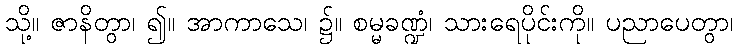
သို့။ ဇာနိတွာ၊ ၍။ အာကာသေ၊ ၌။ စမ္မခဏ္ဍံ၊ သားရေပိုင်းကို။ ပညာပေတွာ၊